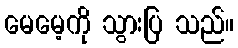
မေမေ့ကို သွားပြ သည်။